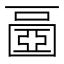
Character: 𡈧